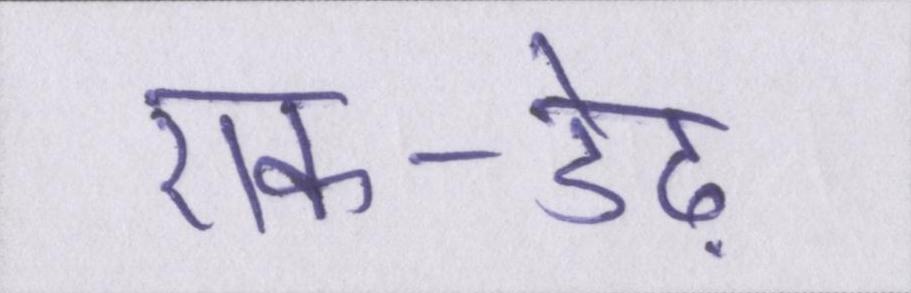
एक-डेढ़